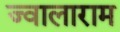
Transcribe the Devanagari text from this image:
ज्वालाराम